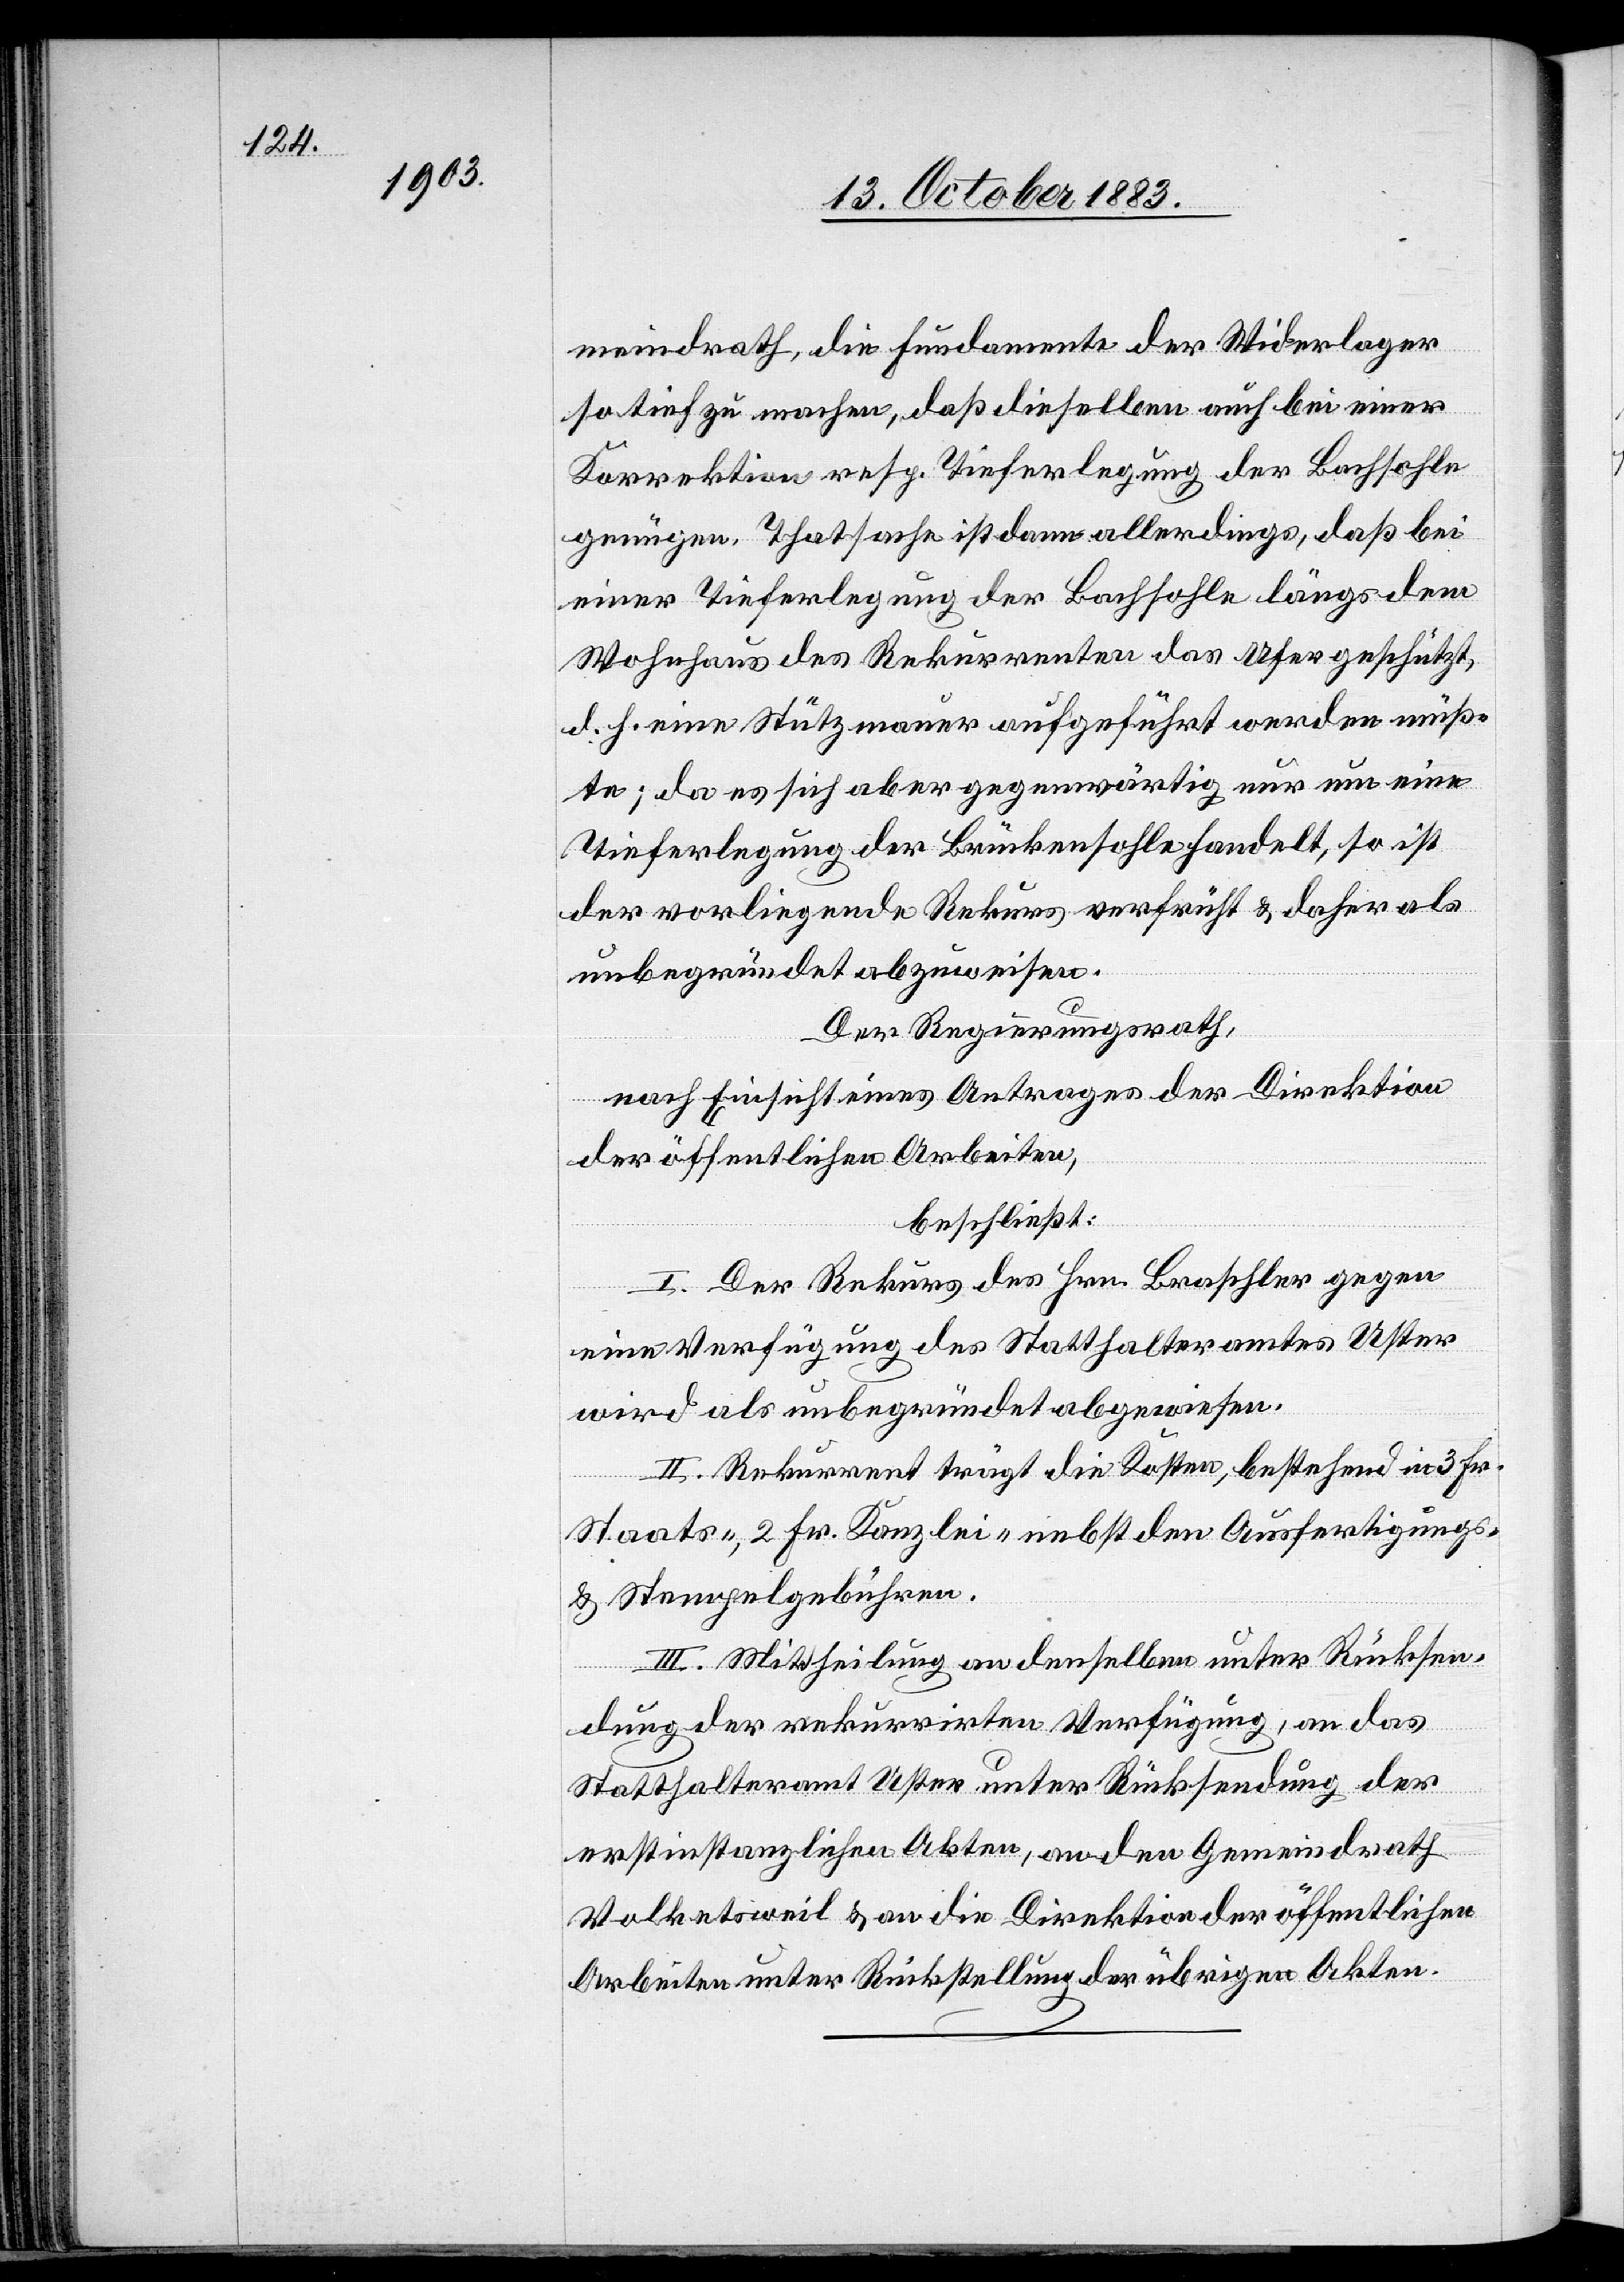
meindrath, die Fundamente der Widerlager
so tief zu machen, daß dieselben auch bei einer
Korrektion resp. Tieferlegung der Bachsohle
genügen. Thatsache ist dann allerdings, daß bei
einer Tieferlegung der Bachsohle längs dem
Wohnhaus der Rekurrenten das Ufer geschützt,
d. h. eine Stützmauer aufgeführt werden müß¬
te; da es sich aber gegenwärtig nur um eine
Tieferlegung der Brückensohle handelt, so ist
der vorliegende Rekurs verfrüht & daher als
unbegründet abzuweisen.
Der Regierungsrath,
nach Einsicht eines Antrages der Direktion
der öffentlichen Arbeiten,
beschließt:
I. Der Rekurs des Hrn. Braschler gegen
eine Verfügung des Statthalteramtes Uster
wird als unbegründet abgewiesen.
II. Rekurrent trägt die Kosten, bestehend in 3 Fr.
Staats-, 2 Fr. Kanzlei- nebst den Ausfertigungs-
& Stempelgebühren.
III. Mittheilung an denselben unter Rücksen¬
dung der rekurrirten Verfügung, an das
Statthalteramt Uster unter Rücksendung der
erstinstanzlichen Akten, an den Gemeindrath
Volketsweil & an die Direktion der öffentlichen
Arbeiten unter Rückstellung der übrigen Akten.